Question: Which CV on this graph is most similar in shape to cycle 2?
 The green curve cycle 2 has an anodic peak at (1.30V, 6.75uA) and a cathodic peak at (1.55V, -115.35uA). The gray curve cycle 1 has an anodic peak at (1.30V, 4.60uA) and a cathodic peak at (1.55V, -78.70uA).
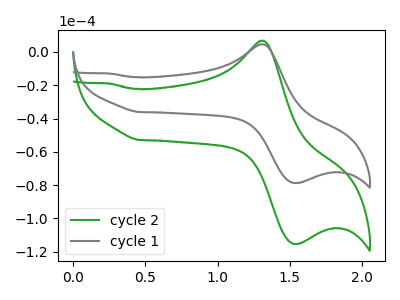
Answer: <think>All the peaks in "cycle 2" have a peak in "cycle 1" at the same potential. Every peak in "cycle 2" is higher than every peak in "cycle 1".
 </think>
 <answer>The CV with the most similar shape to "cycle 1" is "cycle 2".</answer>
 <eval>"cycle 2"</eval>